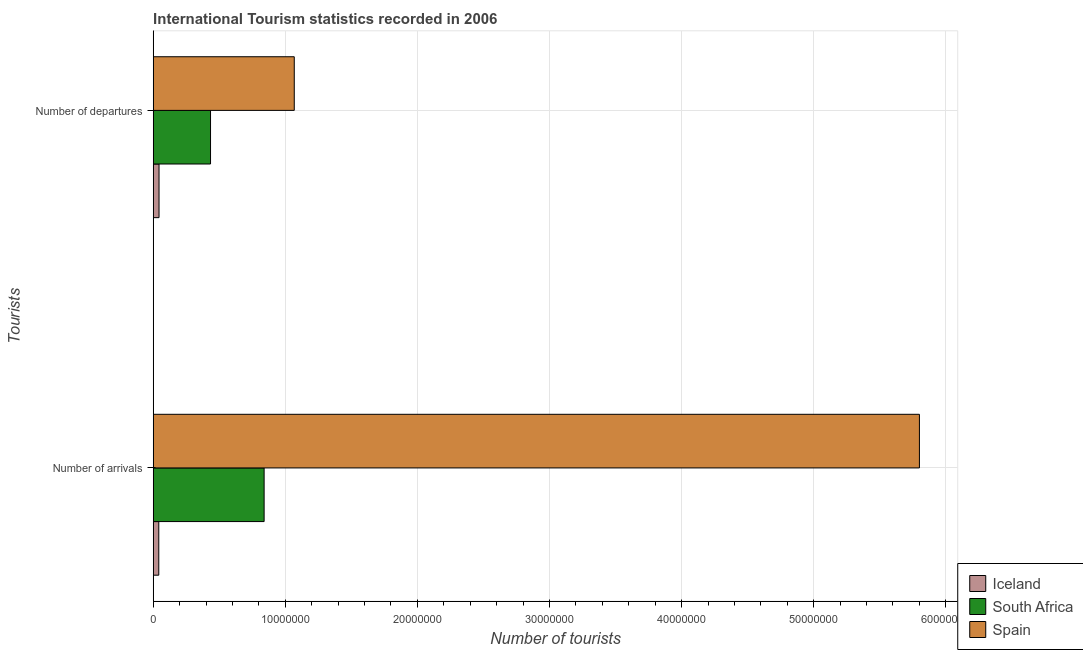
| Tourists | Iceland | South Africa | Spain |
 | --- | --- | --- | --- |
 | Number of arrivals | 4.22e+05 | 8.4e+06 | 5.8e+07 |
 | Number of departures | 4.4e+05 | 4.34e+06 | 1.07e+07 |